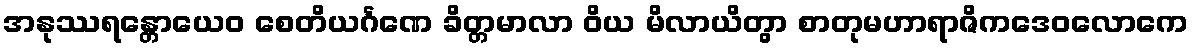
အနုဿရန္တောယေဝ စေတိယင်္ဂဏေ ခိတ္တမာလာ ဝိယ မိလာယိတွာ စာတုမဟာရာဇိကဒေဝလောကေ